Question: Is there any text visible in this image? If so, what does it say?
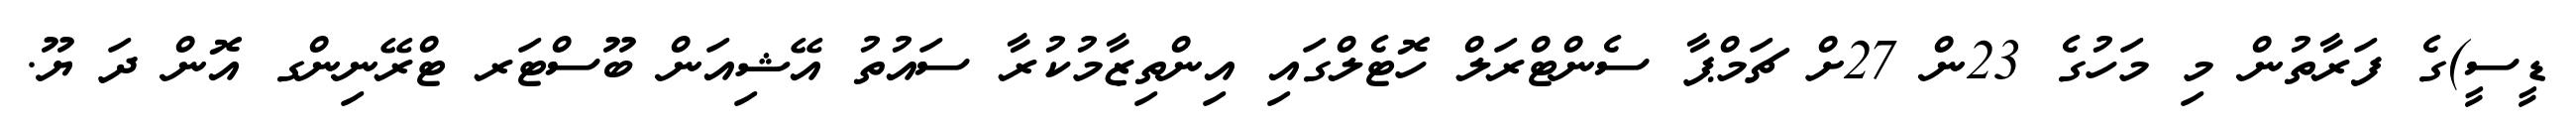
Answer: ޑީސީ)ގެ ފަރާތުން މި މަހުގެ 23ން 27ށް ޗަމްޕާ ސެންޓްރަލް ހޮޓެލްގައި އިންތިޒާމުކުރާ ސައުތު އޭޝިއަން ބޫސްޓަރ ޓްރޭނިންގ އޮން ދަ ޔޫ.